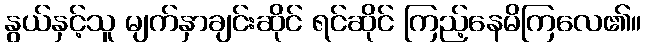
နွယ်နှင့်သူ မျက်နှာချင်းဆိုင် ရင်ဆိုင် ကြည့်နေမိကြလေ၏။